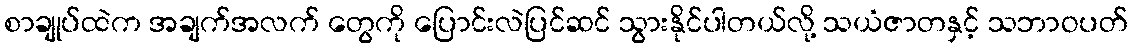
စာချုပ်ထဲက အချက်အလက် တွေကို ပြောင်းလဲပြင်ဆင် သွားနိုင်ပါတယ်လို့ သယံဇာတနှင့် သဘာဝပတ်